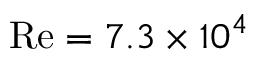
\mathrm { R e } = 7 . 3 \times 1 0 ^ { 4 }